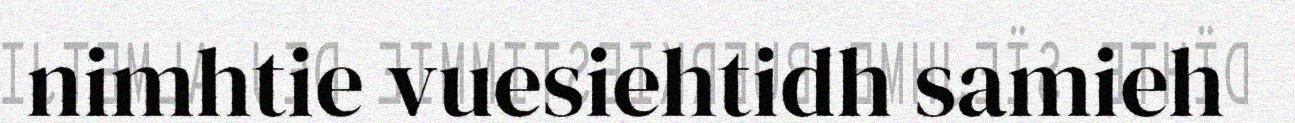
nimhtie vuesiehtidh samieh